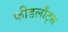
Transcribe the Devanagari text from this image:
फीडलौट्स